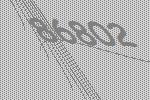
86802